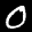
Label: 0